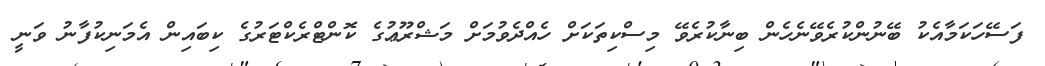
ފަސޭހަކަމާއެކު ބޭނުންކުރެވޭނެހެން ބިނާކުރެވޭ މިސްކިތަކަށް ހެއްދެވުމަށް މަޝްރޫޢުގެ ކޮންޓްރެކްޓަރުގެ ކިބައިން އެމަނިކުފާނު ވަނީ